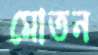
মোতন